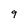
Character: 9